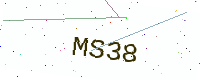
Text: MS38